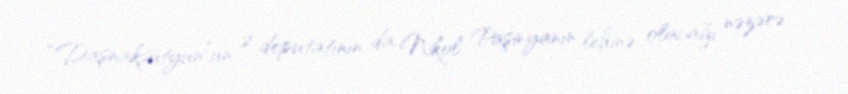
“Daşnaksütyun”un 2 deputatının da Nikol Paşinyanın lehinə olacağı nəzərə